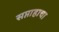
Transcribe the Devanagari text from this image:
सप्ताहाचा